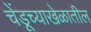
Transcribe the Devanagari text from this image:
चेंडूच्याखेळातील